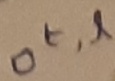
Text: ot,l